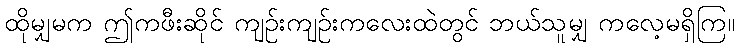
ထိုမျှမက ဤကဖီးဆိုင် ကျဉ်းကျဉ်းကလေးထဲတွင် ဘယ်သူမျှ ကလေ့မရှိကြ။